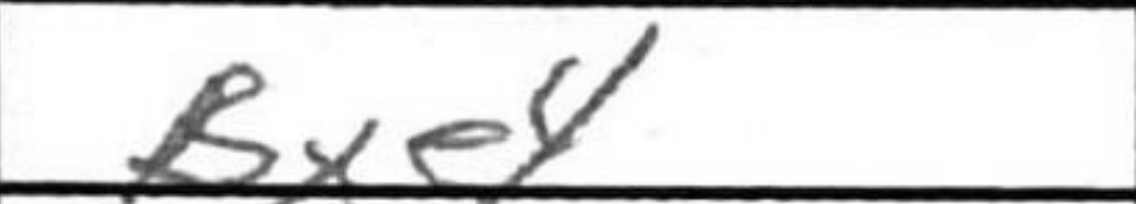
Transcription: Bxe4